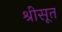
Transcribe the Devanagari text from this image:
श्रीसूत